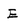
Character: E